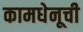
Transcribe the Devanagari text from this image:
कामधेनूची